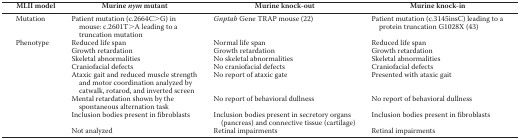
<table><thead><tr><td><b>MLII model</b></td><td><b>Murine <i>nym</i> mutant</b></td><td><b>Murine knock-out</b></td><td><b>Murine knock-in</b></td></tr></thead><tbody><tr><td>Mutation</td><td>Patient mutation (c.2664C&gt;G) in mouse: c.2601T&gt;A leading to a truncation mutation</td><td><i>Gnptab</i> Gene TRAP mouse (22)</td><td>Patient mutation (c.3145insC) leading to a protein truncation G1028X (43)</td></tr><tr><td>Phenotype</td><td>Reduced life span</td><td>Normal life span</td><td>Reduced life span</td></tr><tr><td></td><td>Growth retardation</td><td>Growth retardation</td><td>Growth retardation</td></tr><tr><td></td><td>Skeletal abnormalities</td><td>No skeletal abnormalities</td><td>Skeletal abnormalities</td></tr><tr><td></td><td>Craniofacial defects</td><td>No craniofacial defects</td><td>Craniofacial defects</td></tr><tr><td></td><td>Ataxic gait and reduced muscle strength and motor coordination analyzed by catwalk, rotarod, and inverted screen</td><td>No report of ataxic gate</td><td>Presented with ataxic gait</td></tr><tr><td></td><td>Mental retardation shown by the spontaneous alternation task</td><td>No report of behavioral dullness</td><td>No report of behavioral dullness</td></tr><tr><td></td><td>Inclusion bodies present in fibroblasts</td><td>Inclusion bodies present in secretory organs (pancreas) and connective tissue (cartilage)</td><td>Inclusion bodies present in fibroblasts</td></tr><tr><td></td><td>Not analyzed</td><td>Retinal impairments</td><td>Retinal impairments</td></tr></tbody></table>